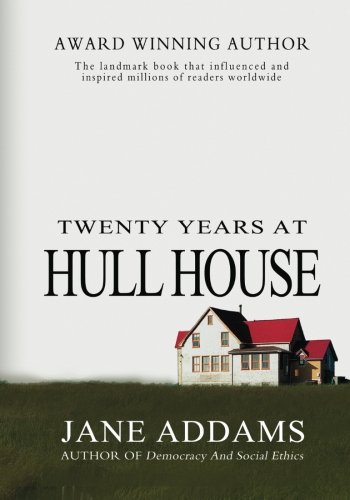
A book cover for Twenty Years At Hull House; Jane Addams; Law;